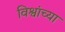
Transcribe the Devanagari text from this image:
विश्वांच्या